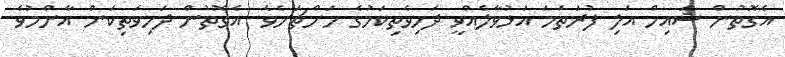
އެގޮތުން ޝައިހް އަލި ފުރަތަމަ އަޅުވާލެއްވީ ދަހިވެތިކަމުގެ މަށްޗަށެވެ. އެގޮތުން ދަހިވަތިކަން އާންމުވެ